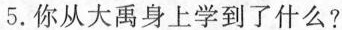
5.你从大禹身上学到了什么?